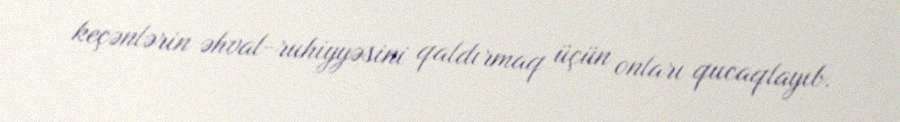
keçənlərin əhval-ruhiyyəsini qaldırmaq üçün onları qucaqlayıb.